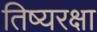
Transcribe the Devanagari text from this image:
तिष्यरक्षा